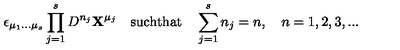
\epsilon _ { \mu _ { 1 } . . . \mu _ { s } } \prod _ { j = 1 } ^ { s } D ^ { n _ { j } } { \bf X } ^ { \mu _ { j } } \quad \mathrm { s u c h t h a t } \quad \sum _ { j = 1 } ^ { s } n _ { j } = n , \quad n = 1 , 2 , 3 , . . .